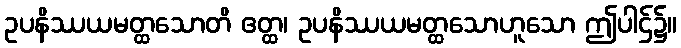
ဥပနိဿယမတ္ထသောတိ ဧတ္ထ၊ ဥပနိဿယမတ္ထသောဟူသော ဤပါဌ်၌။